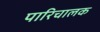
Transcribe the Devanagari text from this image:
पारिचालक